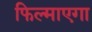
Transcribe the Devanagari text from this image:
फिल्माएगा